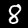
Label: 8